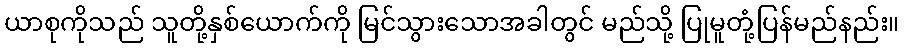
ယာစုကိုသည် သူတို့နှစ်ယောက်ကို မြင်သွားသောအခါတွင် မည်သို့ ပြုမူတုံ့ပြန်မည်နည်း။